Annual statistical returns and brief notes on vaccination in Bengal - 1909-1929
Year: 1909
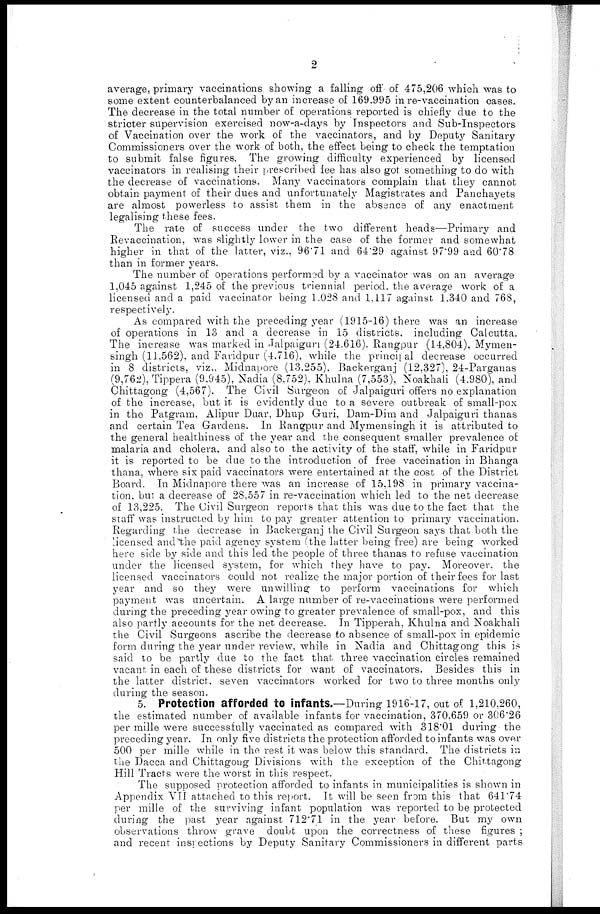
2
average, primary vaccinations showing a falling off of 475,206 which was to
some extent counterbalanced by an increase of 169.995 in re-vaccination cases.
The decrease in the total number of operations reported is chiefly due to the
stricter supervision exercised now-a-days by Inspectors and Sub-Inspectors
of Vaccination over the work of the vaccinators, and by Deputy Sanitary
Commissioners over the work of both, the effect being to check the temptation
to submit false figures. The growing difficulty experienced by licensed
vaccinators in realising their prescribed fee has also got something to do with
the decrease of vaccinations. Many vaccinators complain that they cannot
obtain payment of their dues and unfortunately Magistrates and Panchayets
are almost powerless to assist them in the absence of any enactment
legalising these fees.
The rate of success under the two different heads—Primary and
Revaccination, was slightly lower in the case of the former and somewhat
higher in that of the latter, viz., 96'71 and 64.29 against 97.99 and 60.78
than in former years.
The number of operations performed by a vaccinator was on an average
1,045 against 1,245 of the previous triennial period. the average work of a
licensed and a paid vaccinator being 1,028 and 1,117 against 1.340 and 768,
respectively.
As compared with the preceding year (1915-16) there was an increase
of operations in 13 and a decrease in 15 districts. including Calcutta.
The increase was marked in Jalpaiguri (24,616). Rangpur (14,804), Mymen¬
singh (11,562), and Faridpur (4,716), while the principal decrease occurred
in 8 districts, viz., Midnapore (13,255), Backerganj (12,327), 24-Parganas
(9,762), Tippera (9,945), Nadia (8,752), Khulna (7,553), Noakhali (4,980), and
Chittagong (4,567). The Civil Surgeon of Jalpaiguri offers no explanation
of the increase, but it is evidently due to a severe outbreak of small-pox
in the Patgram, Alipur Duar, Dhup Guri, Dam-Dim and Jalpaiguri thanas
and certain Tea Gardens. In Rangpur and Mymensingh it is attributed to
the general healthiness of the year and the consequent smaller prevalence of
malaria and cholera, and also to the activity of the staff, while in Faridpur
it is reported to be due to the introduction of free vaccination in Bhanga
thana, where six paid vaccinators were entertained at the cost of the District
Board. In Midnapore there was an increase of 15,198 in primary vaccina-
tion, but a decrease of 28,557 in re-vaccination which led to the net decrease
of 13,225. The Civil Surgeon reports that this was due to the fact that the
staff was instructed by him to pay greater attention to primary vaccination.
Regarding the decrease in Backerganj the Civil Surgeon says that both the
licensed and the paid agency system (the latter being free) are being worked
here side by side and this led the people of three thanas to refuse vaccination
under the licensed system, for which they have to pay. Moreover, the
licensed vaccinators could not realize the major portion of their fees for last
year and so they were unwilling to perform vaccinations for which
payment was uncertain. A large number of re-vaccinations were performed
during the preceding year owing to greater prevalence of small-pox, and this
also partly accounts for the net decrease. In Tipperah, Khulna and Noakhali
the Civil Surgeons ascribe the decrease to absence of small-pox in epidemic
form during the year under review, while in Nadia and Chittagong this is
said to be partly due to the fact that three vaccination circles remained
vacant in each of these districts for want of vaccinators. Besides this in
the latter district. seven vaccinators worked for two to three months only
during the season.
5. Protection afforded to infants.—During 1916-17, out of 1,210,260,
the estimated number of available infants for vaccination, 370,659 or 306.26
per mille were successfully vaccinated as compared with 318.01 during the
preceding year. In only five districts the protection afforded to infants was over
500 per mille while in the rest it was below this standard. The districts in
the Dacca and Chittagong Divisions with the exception of the Chittagong
Hill Tracts were the worst in this respect.
The supposed protection afforded to infants in municipalities is shown in
Appendix VII attached to this report. It will be seen from this that 641.74
per mille of the surviving infant population was reported to be protected
during the past year against 712.71 in the year before. But my own
observations throw grave doubt upon the correctness of these figures ;
and recent inspections by Deputy Sanitary Commissioners in different parts